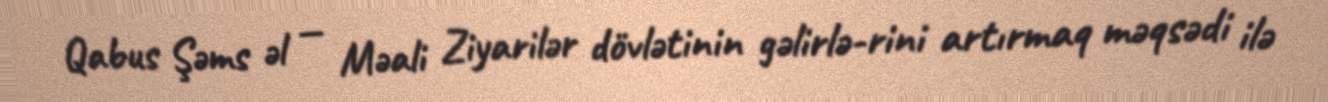
Qabus Şəms əl — Məali Ziyarilər dövlətinin gəlirlə-rini artırmaq məqsədi ilə